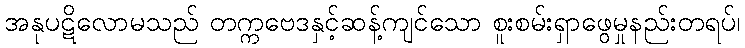
အနုပဋိလောမသည် တက္ကဗေဒနှင့်ဆန့်ကျင်သော စူးစမ်းရှာဖွေမှုနည်းတရပ်၊